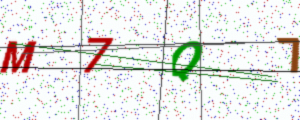
Text: M7Q7